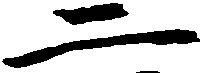
二